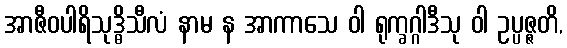
အာဇီဝပါရိသုဒ္ဓိသီလံ နာမ န အာကာသေ ဝါ ရုက္ခဂ္ဂါဒီသု ဝါ ဥပ္ပဇ္ဇတိ,